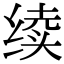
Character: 续